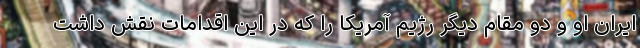
ایران او و دو مقام دیگر رژیم آمریکا را که در این اقدامات نقش داشت